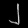
Digit: ၂